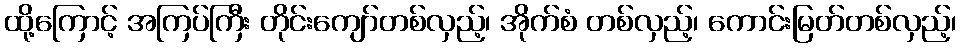
ထို့ကြောင့် အကြပ်ကြီး တိုင်းကျော်တစ်လှည့်၊ အိုက်စံ တစ်လှည့်၊ ကောင်းမြတ်တစ်လှည့်၊